Civil Veterinary Department Bihar reports 1940-50 - 1940-1950
Year: 1940
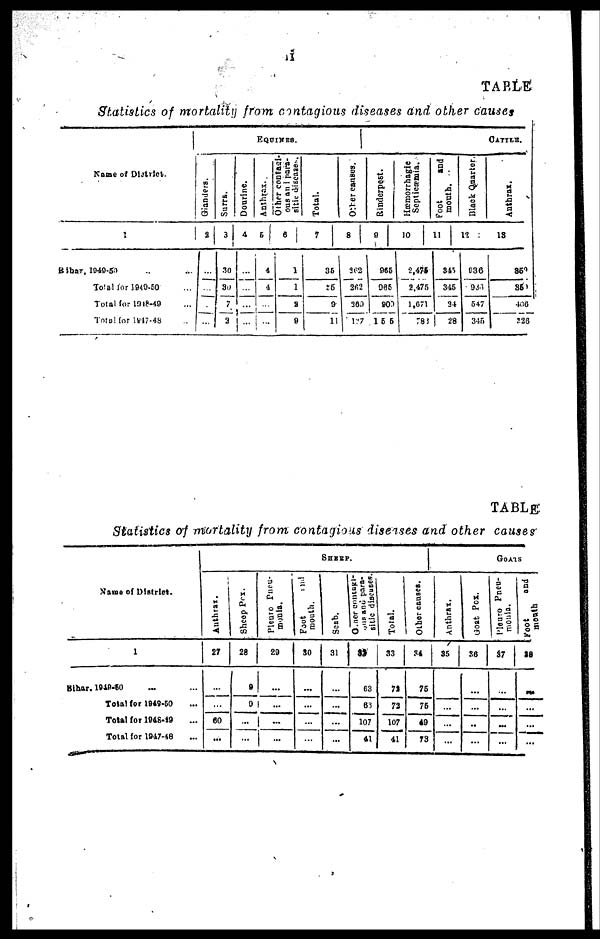
ii
TABLE
Statistics of mortality from contagious diseases and other causes
Name of District.
1
Bihar, 1949-50 .. ...
Total for 1940-50 ...
Total for 1918-49 ...
Total for 1847-48 ...
EQUINES.
Gianders.
2
...
...
...
...
Surra.
3
30
30
7
2
Dourine.
4
...
...
...
...
Anthrax.
5
4
4
...
...
Other contazi-
ous and para-
sitic disease.
6
1
1
2
9
Total.
7
35
35
9
11
Other canses.
8
362
362
369
127
CATTLE.
Rinderpest.
9
965
965
900
155
Hæmorrhagic
Septicæmia.
10
2,475
2,475
1,671
783
Foot
and
mouth.
11
845
345
34
28
Black Quarter.
12
936
933
547
315
Anthrax.
13
353
350
406
326
TABLE
Statistics of mortality from contagious diseases and other causes
Name of District.
1
Bihar. 1949-50 ... ...
Total for 1949-50 ...
Total for 1948-49 ...
Total for 1947-48 ...
SHEEP.
Authrax.
27
...
...
60
...
Sheep Pox-
28
9
9
...
...
Pleuro Pneu-
monia.
29
...
...
...
...
Foot
and
mouth.
30
...
...
...
...
Scab.
31
...
...
...
...
Other contagi-
ous and para-
sitic discuses.
32
63
63
107
41
Total.
33
72
72
107
41
Other causes.
34
75
75
49
73
GOATS
Anthrax.
35
...
...
...
...
Goat Pox.
36
...
...
...
...
Pleuro Pncu-
mouia.
37
...
...
...
...
Foot
and
month
IB
...
...
...
...